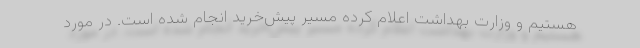
هستیم و وزارت بهداشت اعلام کرده مسیر پیش‌خرید انجام شده است. در مورد